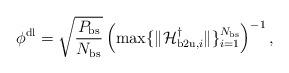
LaTeX: \begin{align*}\phi^{\mathrm{dl}} = \sqrt{\frac{P_{\mathrm{bs}}}{N_{\mathrm{bs}}}} \left(\max \{ \|\mathcal{H}^{\dagger}_{\mathrm{b2u},i} \| \}_{i=1}^{N_{\mathrm{bs}}} \right)^{-1},\end{align*}